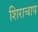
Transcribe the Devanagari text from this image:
शिराचाप